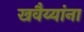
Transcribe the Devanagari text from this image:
खवैय्यांना